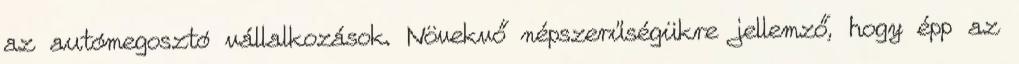
az autómegosztó vállalkozások. Növekvő népszerűségükre jellemző, hogy épp az